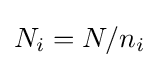
N_{i}=N/n_{i}